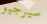
سيرجيو